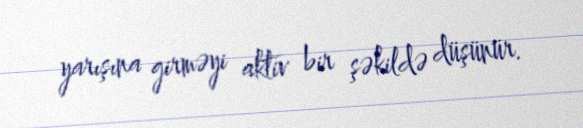
yarışına girməyi aktiv bir şəkildə düşünür.